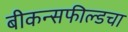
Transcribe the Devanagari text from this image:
बीकन्सफील्डचा